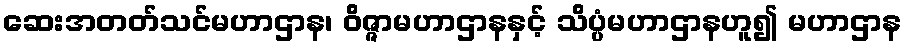
ဆေးအတတ်သင်မဟာဌာန၊ ဝိဇ္ဇာမဟာဌာနနှင့် သိပ္ပံမဟာဌာနဟူ၍ မဟာဌာန